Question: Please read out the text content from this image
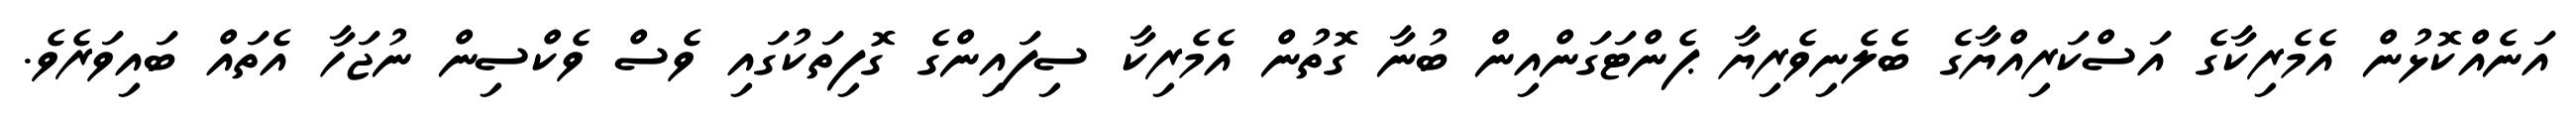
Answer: އަނެއްކޮޅުން އެމެރިކާގެ އަސްކަރިއްޔާގެ ބެލެނިވެރިޔާ ޕެންޓަގަންއިން ބުނާ ގޮތުން އެމެރިކާ ސިފައިންގެ ގޮފިތަކުގައި ވެސް ވެކްސިން ނުޖަހާ އެތައް ބައިވަރެވެ.